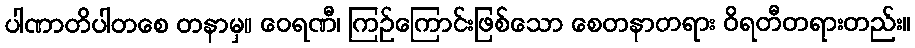
ပါဏာတိပါတစေ တနာမှ။ ဝေရဏီ၊ ကြဉ်ကြောင်းဖြစ်သော စေတနာတရား ဝိရတီတရားတည်း။